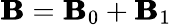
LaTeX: \pmb{{\cal\mathbf{B}}}=\pmb{{\cal\mathbf{B}}}_{0}+\pmb{{\cal\mathbf{B}}}_{1}